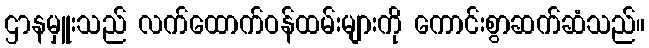
ဌာနမှူးသည် လက်ထောက်ဝန်ထမ်းများကို ကောင်းစွာဆက်ဆံသည်။